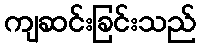
ကျဆင်းခြင်းသည်